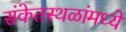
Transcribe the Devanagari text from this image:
संकेतस्थळांमध्ये